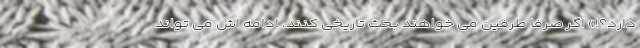
دارد؟!» اگر صرفاً طرفین می خواهند بحث تاریخی کنند، ادامه اش می تواند